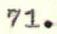
71.